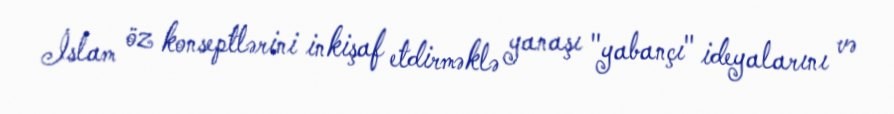
İslam öz konseptlərini inkişaf etdirməklə yanaşı "yabançı" ideyalarını və